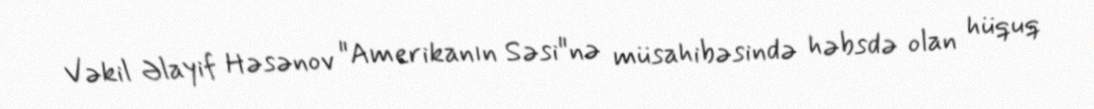
Vəkil Əlayif Həsənov "Amerikanın Səsi"nə müsahibəsində həbsdə olan hüquq